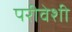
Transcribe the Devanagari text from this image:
परीवेशी